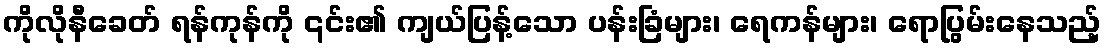
ကိုလိုနီခေတ် ရန်ကုန်ကို ၎င်း၏ ကျယ်ပြန့်သော ပန်းခြံများ၊ ရေကန်များ၊ ရောပြွမ်းနေသည့်